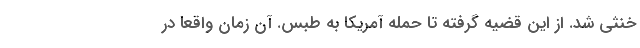
خنثی شد. از این قضیه گرفته تا حمله آمریکا به طبس. آن زمان واقعا در